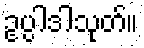
ဥပ္ပါဒါသုတ်။